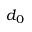
d _ { 0 }